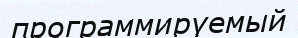
программируемый